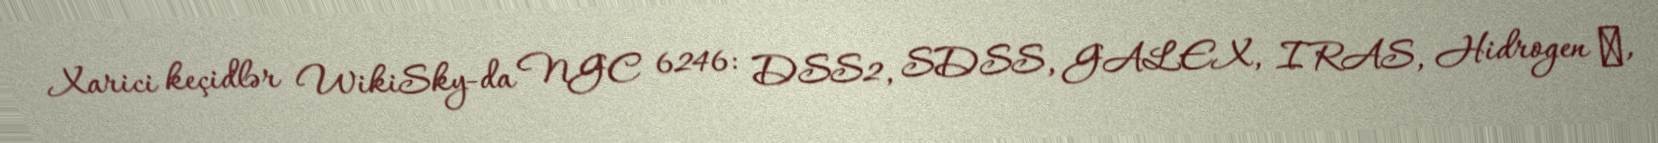
Xarici keçidlər WikiSky-da NGC 6246: DSS2, SDSS, GALEX, IRAS, Hidrogen α,